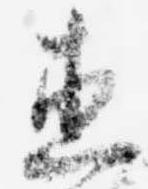
直